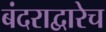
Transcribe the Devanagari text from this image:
बंदराद्वारेच